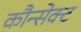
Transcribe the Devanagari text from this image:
कौन्सेक्ट